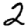
Digit: 2